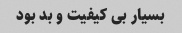
بسیار بی کیفیت و بد بود